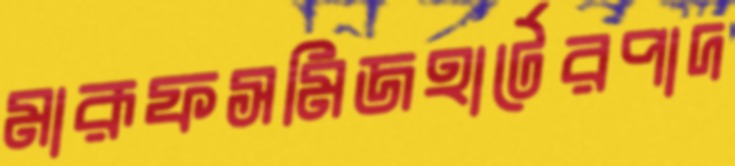
মারূফসমিজহার্টেরপাদ